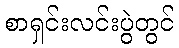
စာရှင်းလင်းပွဲတွင်